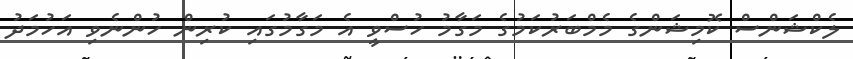
ލެކްޝަންސް ކޮމިޝަންގެ މެމްބަރުކަމުގެ މަގާމު ހުސްވީ އެ މަގާމުގައި ކުރިން ހުންނެވި އަހުމަދު